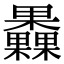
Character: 𣡗